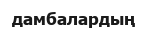
дамбалардың